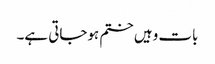
بات وہیں ختم ہوجاتی ہے۔